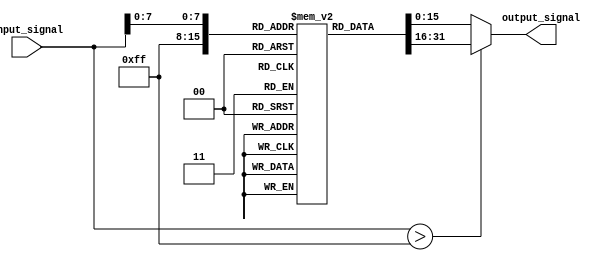
module log_amplifier (
    input wire [15:0] input_signal, // 16-bit input signal (can represent voltages)
    output reg [15:0] output_signal // 16-bit output signal (logarithmic scale)
);

    // Here we use a constant multiplier to simulate the scaling process
    parameter SCALING_FACTOR = 16'h1; // Modify as required for output scaling

    // Simple logarithm approximation using a lookup table (LUT)
    // This is a simplified version and does not represent a real logarithmic function.
    reg [15:0] log_lut [0:255]; // LUT for logarithmic approximation

    // Initializing lookup table for log values (for demonstration)
    integer i;
    initial begin
        // Populate the LUT with log values (this is just an example,
        // typically you would calculate these values based on your requirement)
        for (i = 0; i < 256; i = i + 1) begin
            // Approximate log(i) using a formula or pre-calculated values
            log_lut[i] = (i > 0) ? $clog2(i) * SCALING_FACTOR : 0; // Using simple log2 for approximation
        end
    end

    always @(input_signal) begin
        // Clamp the input signal to the range of the LUT
        if (input_signal > 255) begin
            output_signal = log_lut[255];
        end else begin
            output_signal = log_lut[input_signal];
        end
    end

endmodule